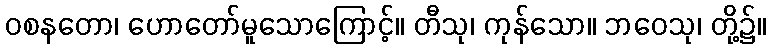
ဝစနတော၊ ဟောတော်မူသောကြောင့်။ တီသု၊ ကုန်သော။ ဘဝေသု၊ တို့၌။